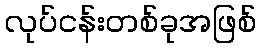
လုပ်ငန်းတစ်ခုအဖြစ်